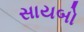
સાયબો